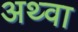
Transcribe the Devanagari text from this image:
अथ्‍वा